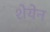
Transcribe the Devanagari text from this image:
शेयेन